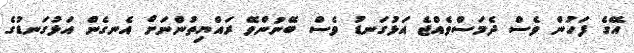
އޭގެ ފަހުން ވެސް ދެމަސްވެއްޖެ އަޅުގަނޑު ވެސް ބޭނުންވޭ ރައްޔިތުންނަށް އެނގެން އަޅުގަނޑުގެ